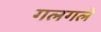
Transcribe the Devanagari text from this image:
गलगले